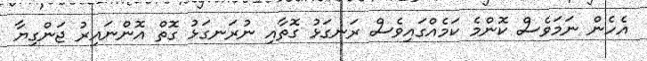
އެހެން ނަމަވެސް ކޮންމެ ކަމެއްގައިވެސް ރަނގަޅު ގޮތާއި ނުރަނގަޅު ގޮތް އޮންނައިރު ޖަންގިޔާ